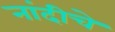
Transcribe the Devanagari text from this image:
नांदीचे